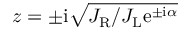
z = \pm \mathrm { i } \sqrt { J _ { \mathrm { R } } / J _ { \mathrm { L } } \mathrm { e } ^ { \pm \mathrm { i } \alpha } }